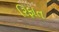
રિફાત